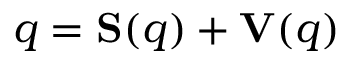
q = \mathbf { S } ( q ) + \mathbf { V } ( q )